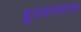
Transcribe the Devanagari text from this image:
ह्रुदयरामाचा